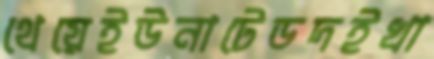
থেয়েইউনাটেডদইখা